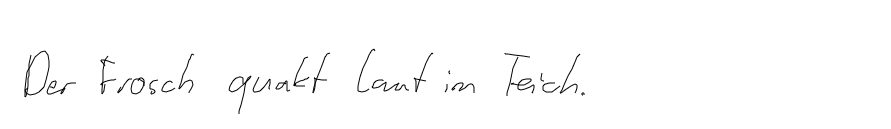
Der Frosch quakt laut im Teich.